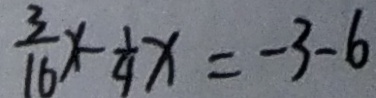
\frac { 3 } { 1 6 } x - \frac { 1 } { 4 } x = - 3 - 6